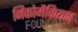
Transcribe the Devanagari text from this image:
निकोमैकियन